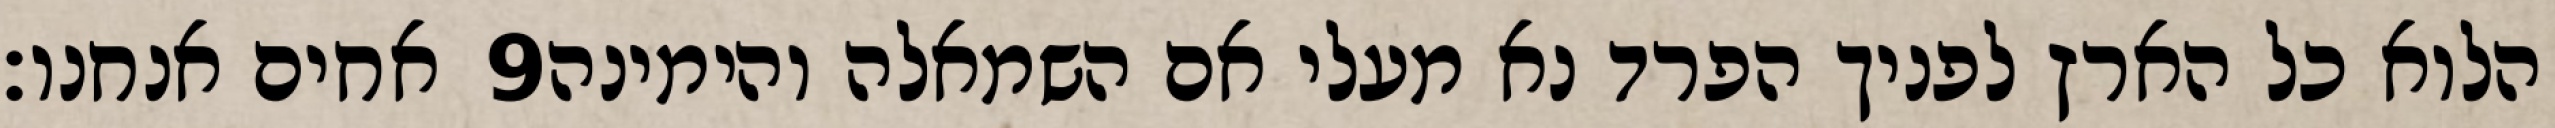
אחים אנחנו׃ ‎9‏ הלוא כל הארץ לפניך הפרד נא מעלי אם השמאלה והימינה